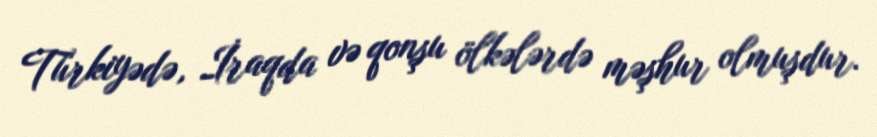
Türkiyədə, İraqda və qonşu ölkələrdə məşhur olmuşdur.